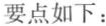
要点如下：